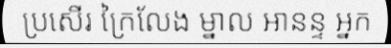
ប្រសើរ ក្រៃលែង ម្នាល អានន្ទ អ្នក